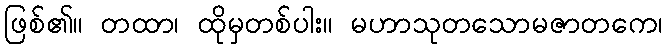
ဖြစ်၏။ တထာ၊ ထိုမှတစ်ပါး။ မဟာသုတသောမဇာတကေ၊